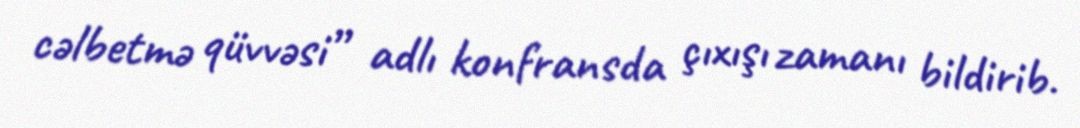
cəlbetmə qüvvəsi” adlı konfransda çıxışı zamanı bildirib.